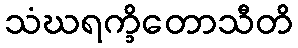
သံဃရက္ခိတောသီတိ